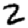
Digit: 2